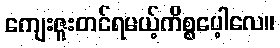
ကျေးဇူးတင်ရမယ့်ကိစ္စပေ့ါလေ။